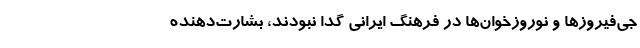
جی‌فیروزها و نوروزخوان‌ها در فرهنگ ایرانی گدا نبودند، بشارت‌دهنده